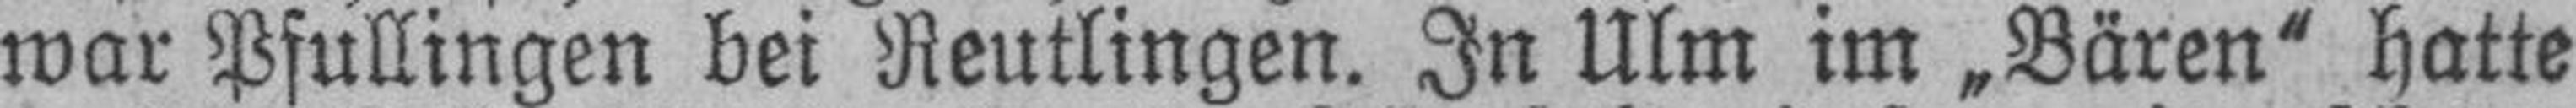
war Pfullingen bei Reutlingen. In Ulm im „Bären“ hatte